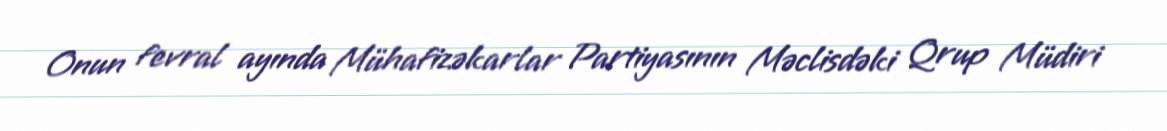
Onun fevral ayında Mühafizəkarlar Partiyasının Məclisdəki Qrup Müdiri